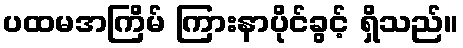
ပထမအကြိမ် ကြားနာပိုင်ခွင့် ရှိသည်။